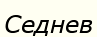
Седнев